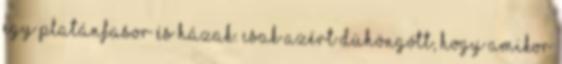
egy platánfasor és házak. Csak azért dühöngött, hogy amikor